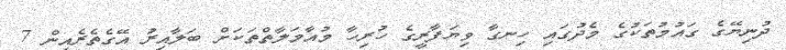
ދުނިޔޭގެ ގައުމުތަކުގެ މެދުގައި ހިނގާ ވިޔަފާރީގެ ހުރިހާ މުއާމަލާތްތަކަށް ބަލާއިރު އޭގެތެރެއިން 7